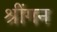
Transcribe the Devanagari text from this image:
श्रींगन